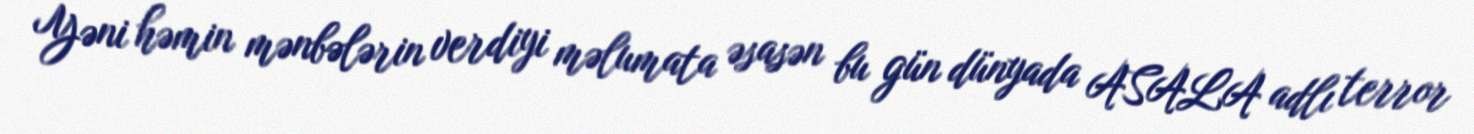
Yəni həmin mənbələrin verdiyi məlumata əsasən bu gün dünyada ASALA adlı terror